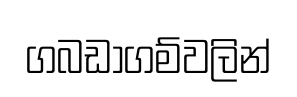
ගබඩාගම්වලින්